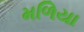
મળિયા